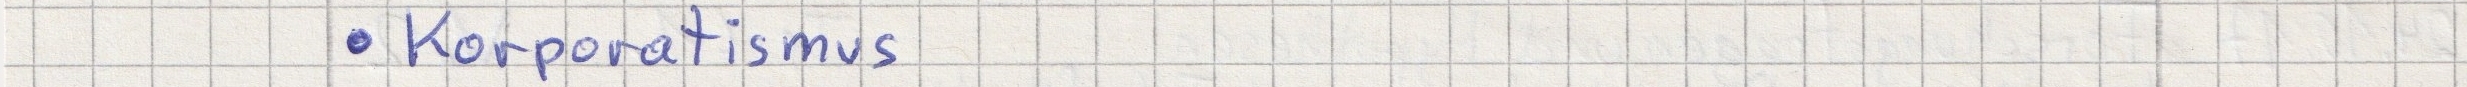
- Korporatismus